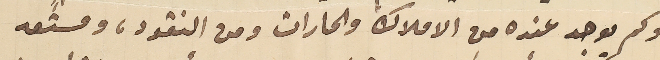
وكم يوجد عنده من الاملاك والحارات ومن النقود، ومستعد